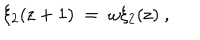
\xi _ { 2 } ( \mathrm { z } + 1 ) \ = \ \omega \xi _ { 2 } ( \mathrm { z } ) \ ,